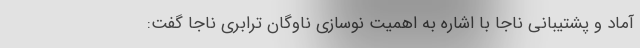
آماد و پشتیبانی ناجا با اشاره به اهمیت نوسازی ناوگان ترابری ناجا گفت: